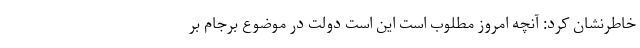
خاطرنشان کرد: آنچه امروز مطلوب است این است دولت در موضوع برجام بر